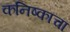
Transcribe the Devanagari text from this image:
कनिष्काचा